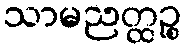
သာမညတ္ထဉ္စ